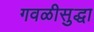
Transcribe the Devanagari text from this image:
गवळीसुद्धा